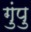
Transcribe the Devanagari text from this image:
गुंपु